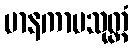
မာနကာမသုတ္တံ